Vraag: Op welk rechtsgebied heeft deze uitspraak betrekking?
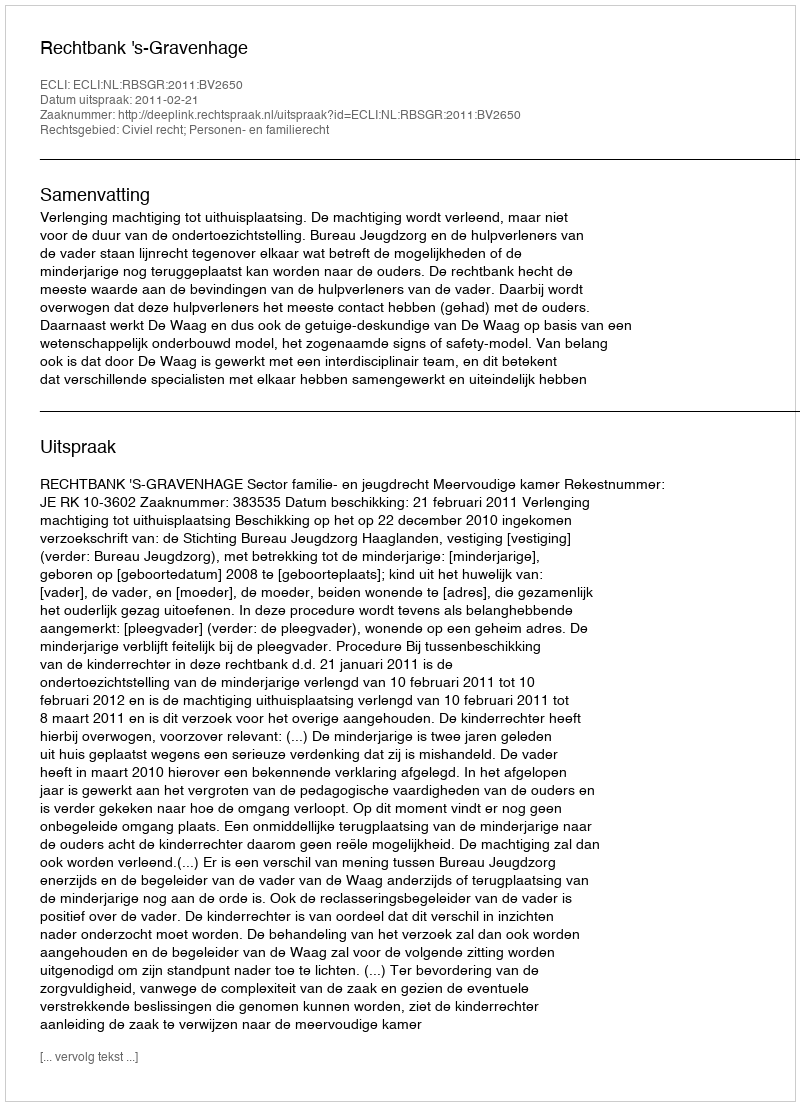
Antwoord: Civiel recht; Personen- en familierecht